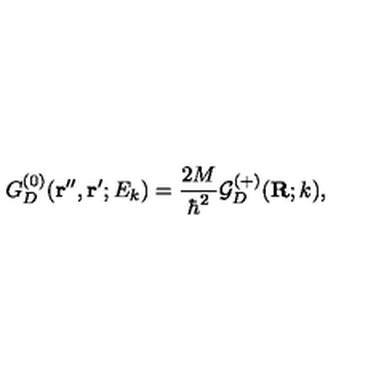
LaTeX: G _ { D } ^ { ( 0 ) } ( { \bf r ^ { \prime \prime } } , { \bf r ^ { \prime } } ; E _ { k } ) = \frac { 2 M } { \hbar ^ { 2 } } { \mathcal G } _ { D } ^ { ( + ) } ( { \bf R } ; k ) ,